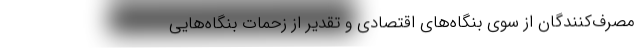
مصرف‌کنندگان از سوی بنگاه‌های اقتصادی و تقدیر از زحمات بنگاه‌هایی